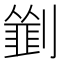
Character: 𠠃